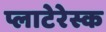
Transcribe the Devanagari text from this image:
प्लाटेरेस्क